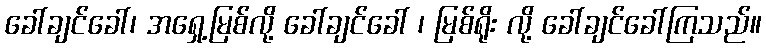
ခေါ်ချင်ခေါ်၊ အရှေ့မြစ်လို့ ခေါ်ချင်ခေါ် ၊ မြစ်ရိုး လို့ ခေါ်ချင်ခေါ်ကြသည်။